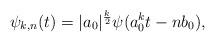
LaTeX: \begin{align*}\psi_{k,n}(t)=|a_0|^{\frac{k}{2}}\psi(a_0^{k}t-nb_0),\end{align*}